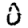
Digit: 0